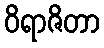
ဝိရာဇိတာ